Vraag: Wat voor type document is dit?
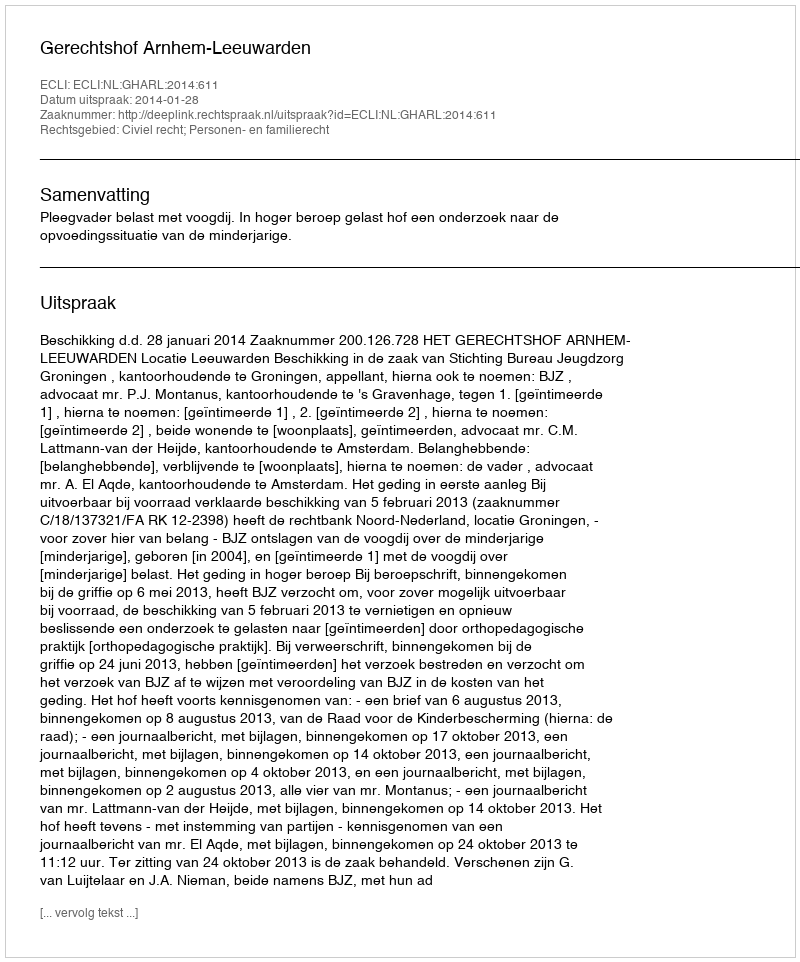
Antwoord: Uitspraak